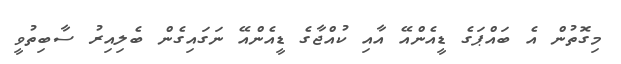
މިގޮތުން އެ ބައްޕަގެ ޑީއެންއޭ އާއި ކުއްޖާގެ ޑީއެންއޭ ނަގައިގެން ބެލިއިރު ސާބިތުވީ